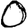
Digit: 0